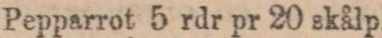
Pepparrot 5 rdr pr 20 skålp.